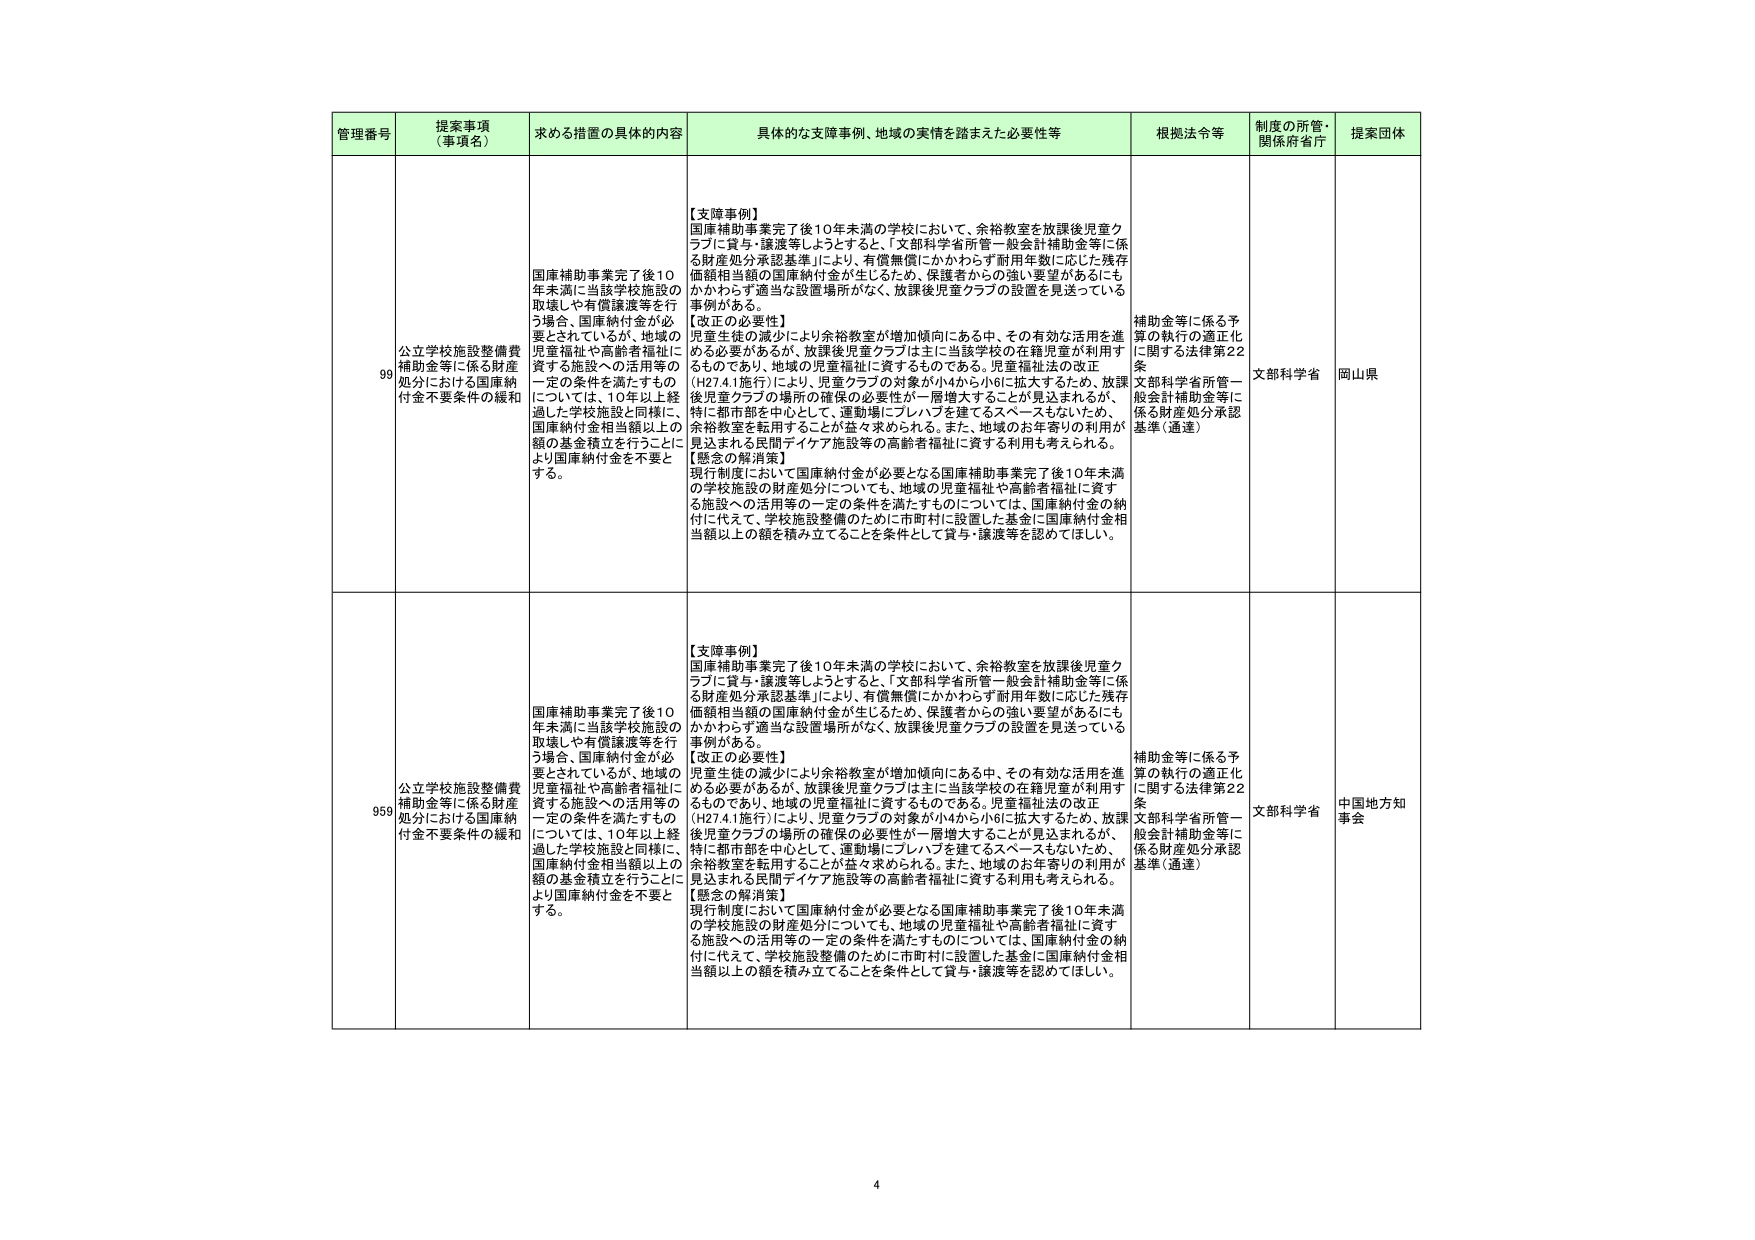
管理番号 提案事項（事項名） 求める措置の具体的内容 具体的な支障事例、地域の実情を踏まえた必要性等 根拠法令等 制度の所管・関係府省庁 提案団体

99 公立学校施設整備費補助金等に係る財産処分における国庫納付金不要条件の緩和 国庫補助事業完了後10年未満に当該学校施設の取壊しや有償譲渡等を行う場合、国庫納付金が必要とされているが、地域の児童福祉や高齢者福祉に資する施設への活用等の一定の条件を満たすものについては、10年以上経過した学校施設と同様に、国庫納付金相当額以上の額の基金積立を行うことにより国庫納付金を不要とする。 【支障事例】 国庫補助事業完了後10年未満の学校において、余裕教室を放課後児童クラブに貸与・譲渡等しようとすると、「文部科学省所管一般会計補助金等に係る財産処分承認基準」により、有償無償にかかわらず耐用年数に応じた残存価額相当額の国庫納付金が生じるため、保護者からの強い要望があるにもかかわらず適当な設置場所がなく、放課後児童クラブの設置を見送っている事例がある。 【改正の必要性】 児童生徒の減少により余裕教室が増加傾向にある中、その有効な活用を進める必要があるが、放課後児童クラブは主に当該学校の在籍児童が利用するものであり、地域の児童福祉に資するものである。児童福祉法の改正（H27.4.1施行）により、児童クラブの対象が小4から小6に拡大するため、放課後児童クラブの場所の確保の必要性が一層増大することが見込まれるが、特に都市部を中心として、運動場にプレハブを建てるスペースもないため、余裕教室を転用することが益々求められる。また、地域のお年寄りの利用が見込まれる民間デイケア施設等の高齢者福祉に資する利用も考えられる。 【懸念の解消策】 現行制度において国庫納付金が必要となる国庫補助事業完了後10年未満の学校施設の財産処分についても、地域の児童福祉や高齢者福祉に資する施設への活用等の一定の条件を満たすものについては、国庫納付金の納付に代えて、学校施設整備のために市町村に設置した基金に国庫納付金相当額以上の額を積み立てることを条件として貸与・譲渡等を認めてほしい。 補助金等に係る予算の執行の適正化に関する法律第22条 文部科学省所管一般会計補助金等に係る財産処分承認基準（通達） 文部科学省 岡山県

959 公立学校施設整備費補助金等に係る財産処分における国庫納付金不要条件の緩和 国庫補助事業完了後10年未満に当該学校施設の取壊しや有償譲渡等を行う場合、国庫納付金が必要とされているが、地域の児童福祉や高齢者福祉に資する施設への活用等の一定の条件を満たすものについては、10年以上経過した学校施設と同様に、国庫納付金相当額以上の額の基金積立を行うことにより国庫納付金を不要とする。 【支障事例】 国庫補助事業完了後10年未満の学校において、余裕教室を放課後児童クラブに貸与・譲渡等しようとすると、「文部科学省所管一般会計補助金等に係る財産処分承認基準」により、有償無償にかかわらず耐用年数に応じた残存価額相当額の国庫納付金が生じるため、保護者からの強い要望があるにもかかわらず適当な設置場所がなく、放課後児童クラブの設置を見送っている事例がある。 【改正の必要性】 児童生徒の減少により余裕教室が増加傾向にある中、その有効な活用を進める必要があるが、放課後児童クラブは主に当該学校の在籍児童が利用するものであり、地域の児童福祉に資するものである。児童福祉法の改正（H27.4.1施行）により、児童クラブの対象が小4から小6に拡大するため、放課後児童クラブの場所の確保の必要性が一層増大することが見込まれるが、特に都市部を中心として、運動場にプレハブを建てるスペースもないため、余裕教室を転用することが益々求められる。また、地域のお年寄りの利用が見込まれる民間デイケア施設等の高齢者福祉に資する利用も考えられる。 【懸念の解消策】 現行制度において国庫納付金が必要となる国庫補助事業完了後10年未満の学校施設の財産処分についても、地域の児童福祉や高齢者福祉に資する施設への活用等の一定の条件を満たすものについては、国庫納付金の納付に代えて、学校施設整備のために市町村に設置した基金に国庫納付金相当額以上の額を積み立てることを条件として貸与・譲渡等を認めてほしい。 補助金等に係る予算の執行の適正化に関する法律第22条 文部科学省所管一般会計補助金等に係る財産処分承認基準（通達） 文部科学省 中国地方知事会

4